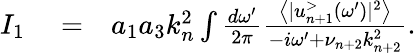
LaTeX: \begin{array}{rlr}{I_{1}}&{{}=}&{a_{1}a_{3}k_{n}^{2}\int\frac{d\omega^{\prime}}{2\pi}\frac{\left\langle|u_{n+1}^{>}(\omega^{\prime})|^{2}\right\rangle}{-i\omega^{\prime}+\nu_{n+2}k_{n+2}^{2}}.}\end{array}